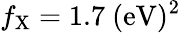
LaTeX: f_{\mathrm{{X}}}=1.7~\mathrm{{(eV)^{2}}}